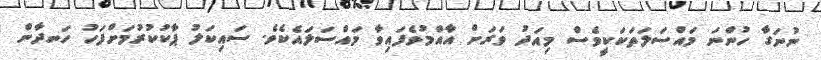
ނުނަގާ ހުންނަ މައްސަލަތަކަކީވެސް މިއަދު ވަރަށް އާއްމުވެފައިވާ މައްސަލައެކެވެ. ސައިކަލު ޕާކުކުރުމަށްފަހު ހަނދާން